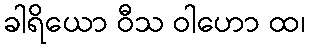
ခါရိယော ဝီသ ဝါဟော ထ၊